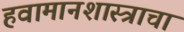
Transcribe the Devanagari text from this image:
हवामानशास्त्राचा